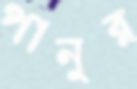
পানুর